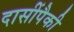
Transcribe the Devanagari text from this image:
दासींपैकी